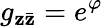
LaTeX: g_{\mathbf{z}\bar{{\mathbf{z}}}}=e^{\varphi}